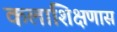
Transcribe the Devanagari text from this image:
कलाशिक्षणास